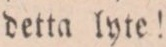
detta lyte!